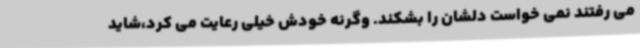
می رفتند نمی خواست دلشان را بشکند. وگرنه خودش خیلی رعایت می کرد،شاید